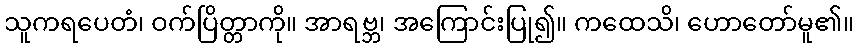
သူကရပေတံ၊ ဝက်ပြိတ္တာကို။ အာရဗ္ဘ၊ အကြောင်းပြု၍။ ကထေသိ၊ ဟောတော်မူ၏။